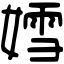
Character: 𡠭